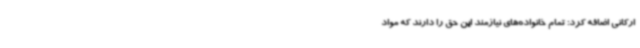
ارکانی اضافه کرد: تمام خانواده‌های نیازمند این حق را دارند که مواد